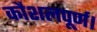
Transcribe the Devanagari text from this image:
कौशलपूर्ण।